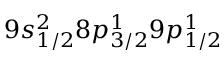
9 s _ { 1 / 2 } ^ { 2 } 8 p _ { 3 / 2 } ^ { 1 } 9 p _ { 1 / 2 } ^ { 1 }